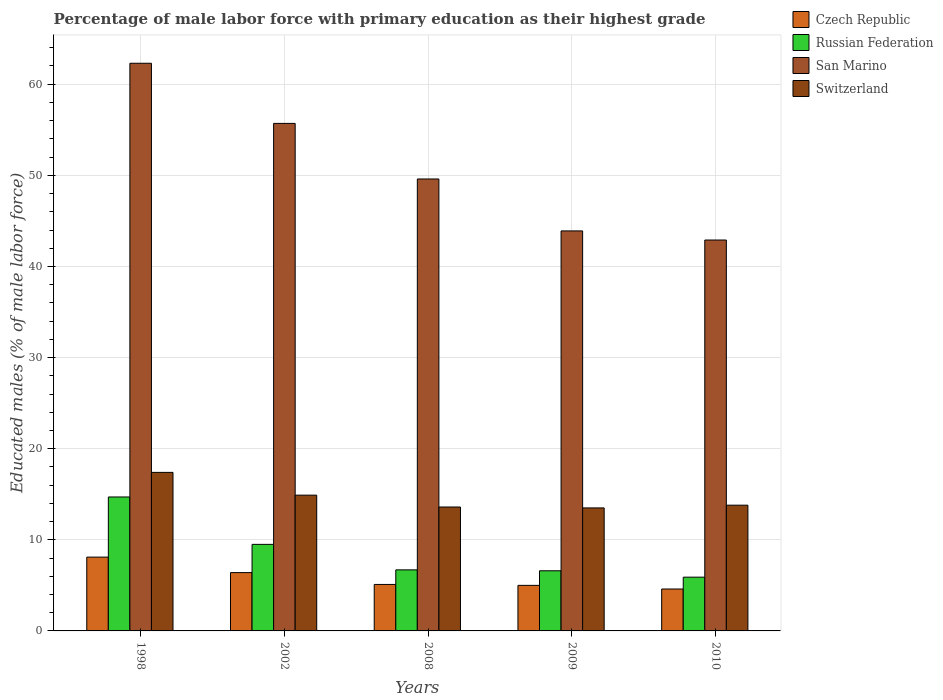
| Years | Czech Republic | Russian Federation | San Marino | Switzerland |
 | --- | --- | --- | --- | --- |
 | 1998 | 8.1 | 14.7 | 62.3 | 17.4 |
 | 2002 | 6.4 | 9.5 | 55.7 | 14.9 |
 | 2008 | 5.1 | 6.7 | 49.6 | 13.6 |
 | 2009 | 5 | 6.6 | 43.9 | 13.5 |
 | 2010 | 4.6 | 5.9 | 42.9 | 13.8 |